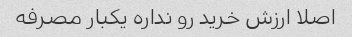
اصلا ارزش خرید رو نداره یکبار مصرفه